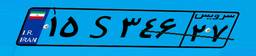
۰۰S۵۸۷۳۹